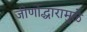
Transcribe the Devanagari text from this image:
जीर्णोद्धारामुळे